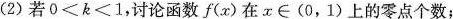
(2)若o<k<1，讨论函数f(x)在x∈(0，1)上的零点个数；